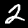
Digit: 2